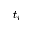
t _ { i }